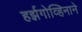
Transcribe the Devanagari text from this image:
हर्झगोव्हिनाने